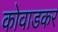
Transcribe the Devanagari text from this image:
कोवाडकर